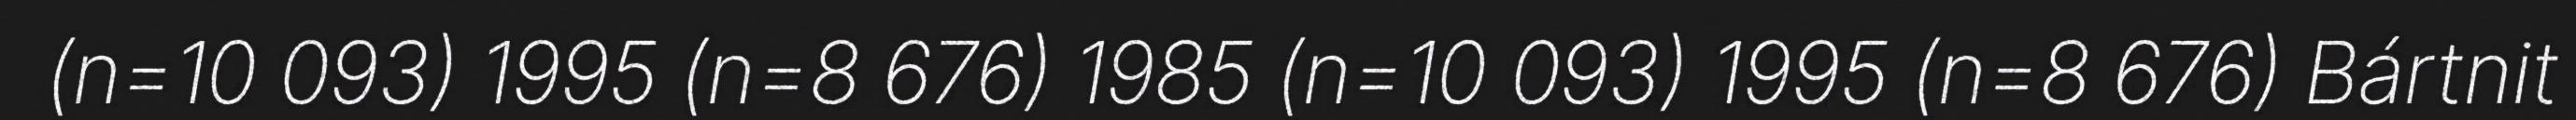
(n=10 093) 1995 (n=8 676) 1985 (n=10 093) 1995 (n=8 676) Bártnit